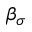
\beta _ { \sigma }